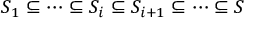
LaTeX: S _ { 1 } \subseteq \cdots \subseteq S _ { i } \subseteq S _ { i + 1 } \subseteq \cdots \subseteq S